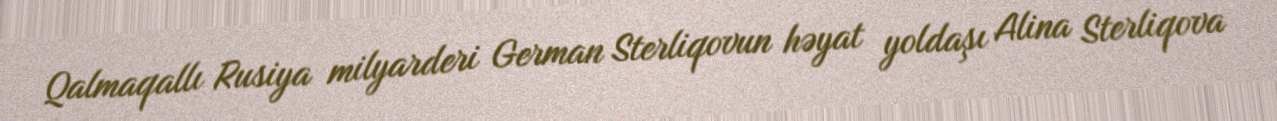
Qalmaqallı Rusiya milyarderi German Sterliqovun həyat yoldaşı Alina Sterliqova